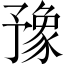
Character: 豫